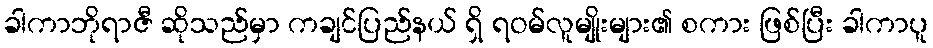
ခါကာဘိုရာဇီ ဆိုသည်မှာ ကချင်ပြည်နယ် ရှိ ရဝမ်လူမျိုးများ၏ စကား ဖြစ်ပြီး ခါကာပူ